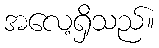
အလေ့ရှိသည်။